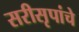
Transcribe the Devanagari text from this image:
सरीसृपांचे